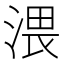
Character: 渨